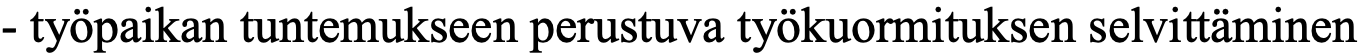
- työpaikan tuntemukseen perustuva työkuormituksen selvittäminen